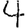
Digit: 4